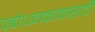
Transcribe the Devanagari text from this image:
प्रबोधनकाळासाठी